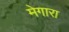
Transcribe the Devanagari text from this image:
मेगारा